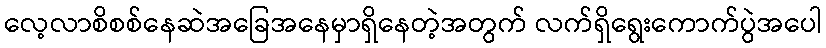
လေ့လာစိစစ်နေဆဲအခြေအနေမှာရှိနေတဲ့အတွက် လက်ရှိရွေးကောက်ပွဲအပေါ